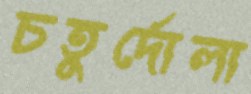
চতুর্দোলা